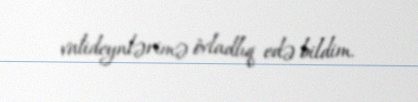
valideynlərimə övladlıq edə bildim.